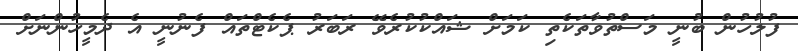
ފުލުހުން ބުނީ މަސްތުވާތަކެތި ކަމަށް ޝައްކުކުރެވޭ ރަބަރު ޕެކެޓްތައް ފެނުނީ އެ ދެމީހުންނަށް